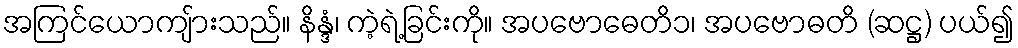
အကြင်ယောကျ်ားသည်။ နိန္ဒံ၊ ကဲ့ရဲ့ခြင်းကို။ အပဗောဓေတိ၁၊ အပဗောဓတိ (ဆဋ္ဌ) ပယ်၍